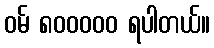
ဝမ် ၈၀၀၀၀၀ ရပါတယ်။